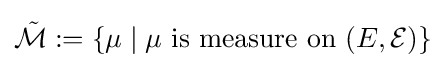
{\tilde {\mathcal {M}}}:=\{\mu \mid \mu {\text{ is measure on }}(E,{\mathcal {E}})\}